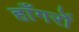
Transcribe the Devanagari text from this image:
हाँगरों